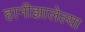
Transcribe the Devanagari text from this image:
हानीझालेल्या